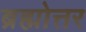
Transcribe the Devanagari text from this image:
ब्रह्मोत्तर